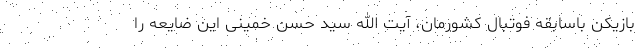
بازیکن باسابقه فوتبال کشورمان، آیت الله سید حسن خمینی این ضایعه را